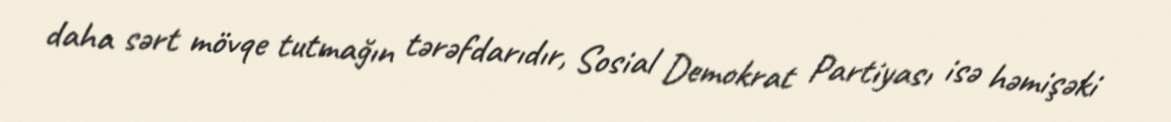
daha sərt mövqe tutmağın tərəfdarıdır, Sosial Demokrat Partiyası isə həmişəki